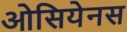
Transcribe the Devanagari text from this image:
ओसियेनस